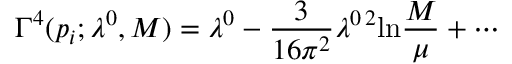
\Gamma ^ { 4 } ( p _ { i } ; \lambda ^ { 0 } , M ) = \lambda ^ { 0 } - \frac { 3 } { 1 6 \pi ^ { 2 } } \lambda ^ { 0 \, 2 } \mathrm { l n } \frac { M } { \mu } + \cdots